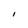
Character: I